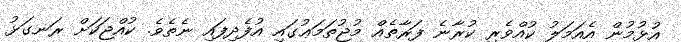
އުޅުމުން އެއަމަލު ކުއްވެރި ކުރާނެ ފަރާތެއް މުޖުތަމަޢުގައި އުފެދިފައި ނެތެވެ. ކުއްޖަކަށް ރަނގަޅު